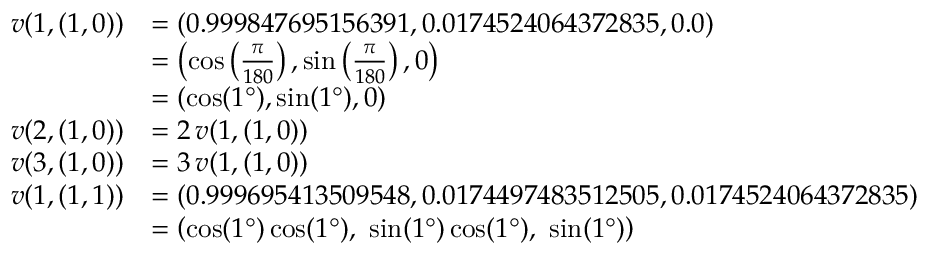
\begin{array} { r l } { v ( 1 , ( 1 , 0 ) ) } & { = ( 0 . 9 9 9 8 4 7 6 9 5 1 5 6 3 9 1 , 0 . 0 1 7 4 5 2 4 0 6 4 3 7 2 8 3 5 , 0 . 0 ) } \\ & { = \left( \cos \left( \frac { \pi } { 1 8 0 } \right) , \sin \left( \frac { \pi } { 1 8 0 } \right) , 0 \right) } \\ & { = \left( \cos ( 1 ° ) , \sin ( 1 ° ) , 0 \right) } \\ { v ( 2 , ( 1 , 0 ) ) } & { = 2 \, v ( 1 , ( 1 , 0 ) ) } \\ { v ( 3 , ( 1 , 0 ) ) } & { = 3 \, v ( 1 , ( 1 , 0 ) ) } \\ { v ( 1 , ( 1 , 1 ) ) } & { = ( 0 . 9 9 9 6 9 5 4 1 3 5 0 9 5 4 8 , 0 . 0 1 7 4 4 9 7 4 8 3 5 1 2 5 0 5 , 0 . 0 1 7 4 5 2 4 0 6 4 3 7 2 8 3 5 ) } \\ & { = \left( \cos ( 1 ° ) \cos ( 1 ° ) , \ \sin ( 1 ° ) \cos ( 1 ° ) , \ \sin ( 1 ° ) \right) } \end{array}